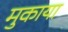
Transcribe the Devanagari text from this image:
मुकाया